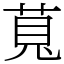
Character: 萈